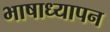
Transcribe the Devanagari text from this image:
भाषाध्यापन